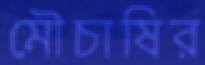
মৌচাষির